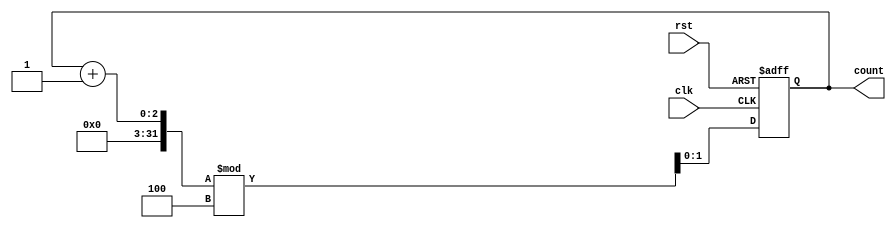
module binary_counter #(
    parameter N = 2 // Number of bits for the counter (default is 2 for a 2-bit counter)
)(
    input wire clk,      // Clock signal
    input wire rst,      // Asynchronous reset signal
    output reg [N-1:0] count // Output count value
);

// State transition logic
always @(posedge clk or posedge rst) begin
    if (rst) begin
        count <= 0; // Reset count to 0
    end else begin
        count <= (count + 1) % (1 << N); // Increment count and wrap around
    end
end

endmodule